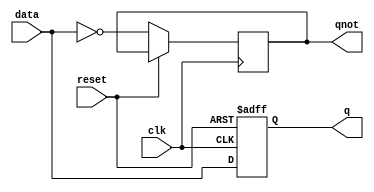
 module dff_async_reset (
 input data  , // Data Input
 input clk    , // Clock Input
 input reset , // Reset input 
 output reg q ,        // Q output
 output reg qnot
 );

 
 //-------------Code Starts Here---------
 always @ ( posedge clk or posedge reset)
 if (reset) begin
   q <= 1'b0;
 end  else begin
   q <= data;
   qnot <= ~data;
 end
 
 endmodule //End Of Module dff_async_reset